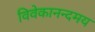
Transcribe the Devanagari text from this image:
विवेकानन्दमय